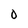
Character: 0